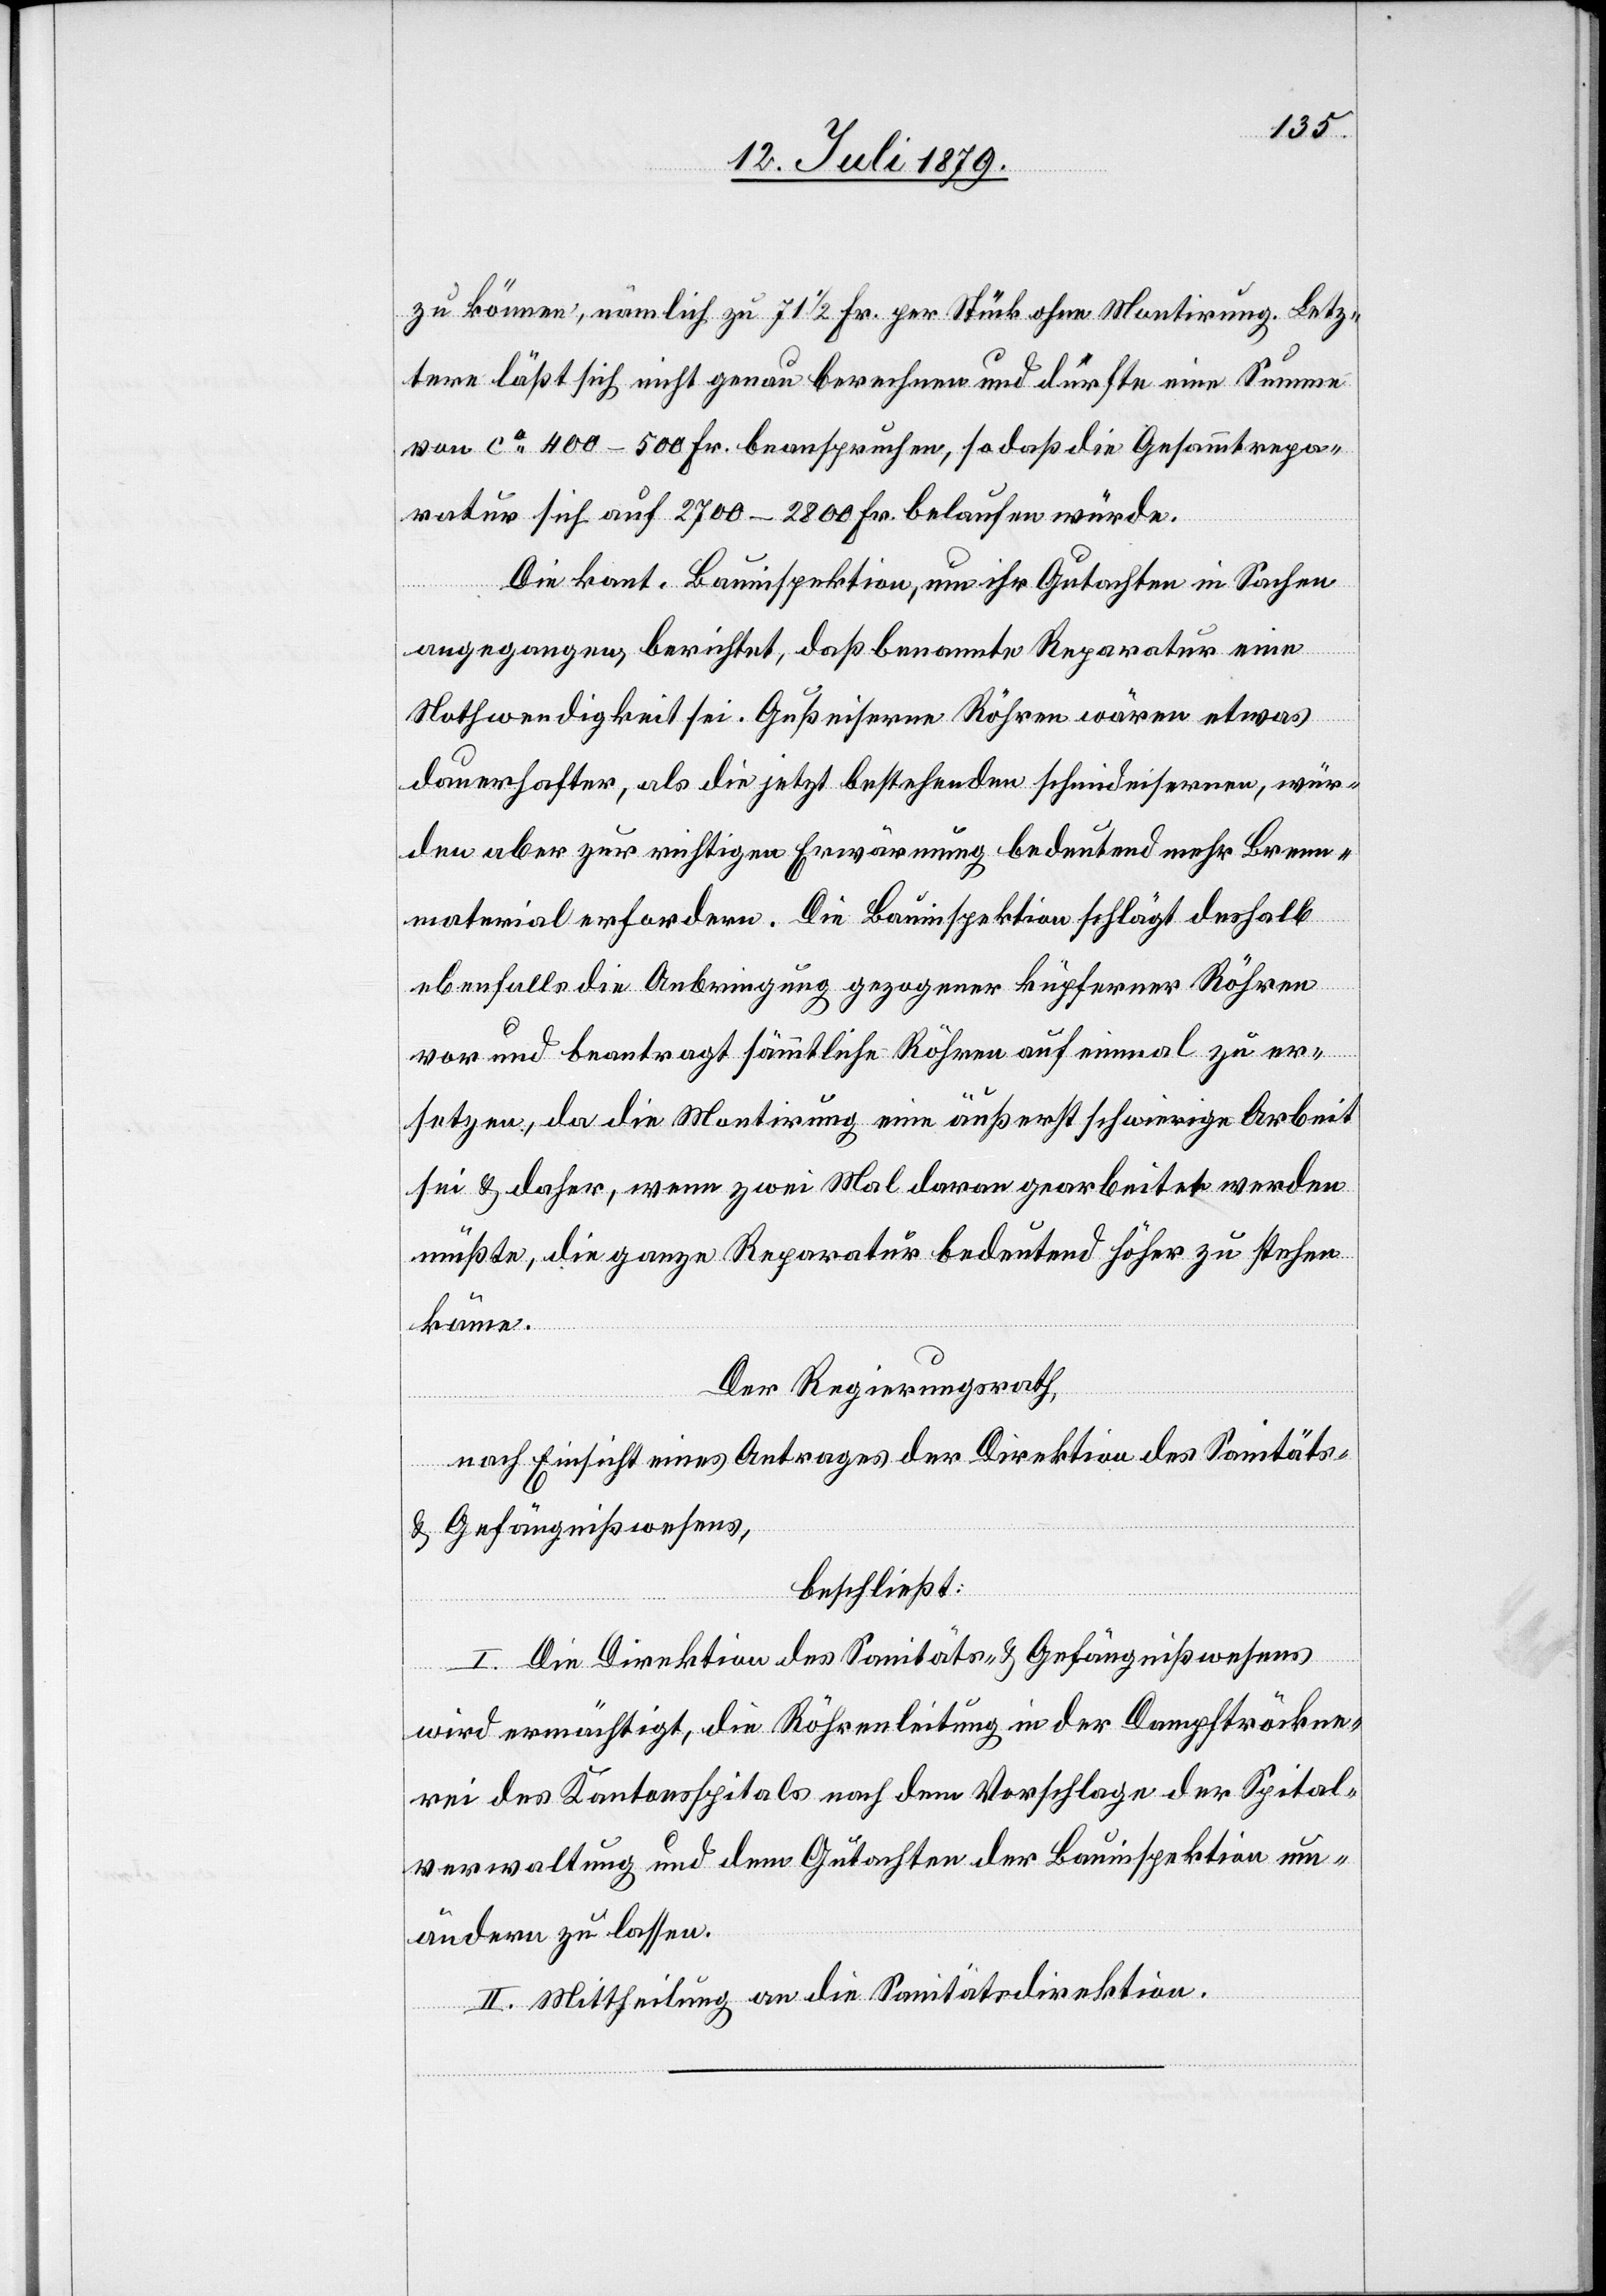
zu können, nämlich zu 71 1/2 Fr. per Stück ohne Montirung. Letz¬
tere läßt sich nicht genau berechnen und dürfte eine Summe
von ca 400–500 Fr. beanspruchen, so daß die Gesammtrepa¬
ratur sich auf 2700–2800 Fr. belaufen würde.
Die kant. Bauinspektion, um ihr Gutachten in Sachen
angegangen, berichtet, daß benannte Reparatur eine
Nothwendigkeit sei. Gußeiserne Röhren wären etwas
dauerhafter, als die jetzt bestehenden schmiedeisernen, wür¬
den aber zur richtigen Erwärmung bedeutend mehr Brenn¬
material erfordern. Die Bauinspektion schlägt deshalb
ebenfalls die Anbringung gezogener küpferner Röhren
vor und beantragt sämmtliche Röhren auf einmal zu er¬
setzen, da die Montirung eine äußerst schwierige Arbeit
sei & daher, wenn zwei Mal daran gearbeitet werden
müßte, die ganze Reparatur bedeutend höher zu stehen
käme.
Der Regierungsrath,
nach Einsicht eines Antrages der Direktion des Sanitäts-
& Gefängnißwesens,
beschließt:
I. Die Direktion des Sanitäts- & Gefängnißwesens
wird ermächtigt, die Röhrenleitung in der Dampftröckne¬
rei des Kantonsspitals nach dem Vorschlage der Spital¬
verwaltung und dem Gutachten der Bauinspektion um¬
ändern zu lassen.
II. Mittheilung an die Sanitätsdirektion.